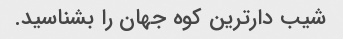
شیب دارترین کوه جهان را بشناسید.